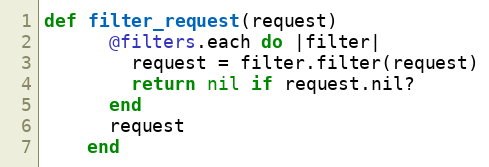
Language: Ruby
def filter_request(request)
      @filters.each do |filter|
        request = filter.filter(request)
        return nil if request.nil?
      end
      request
    end